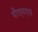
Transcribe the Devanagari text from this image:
पीएचएच